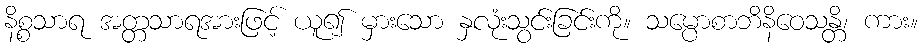
နိစ္စသာရ အတ္တသာရအားဖြင့် ယူ၍ မှားသော နှလုံးသွင်းခြင်းကို။ သမ္ပောစာဘိနိဝေသန္တိ၊ ကား။